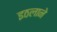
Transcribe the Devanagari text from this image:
इठलाने